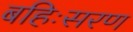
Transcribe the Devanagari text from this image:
बहिःसरण